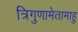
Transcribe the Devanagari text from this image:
त्रिगुणामेतामाहु